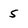
Character: 5